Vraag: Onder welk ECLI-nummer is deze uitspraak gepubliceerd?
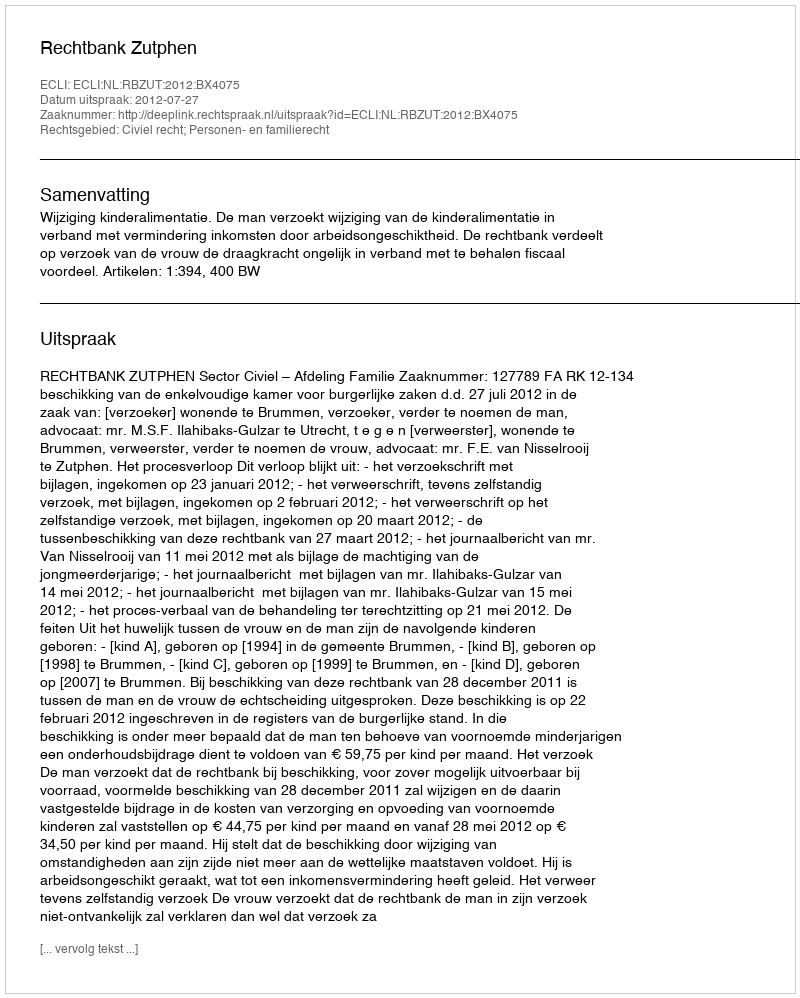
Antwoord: ECLI:NL:RBZUT:2012:BX4075